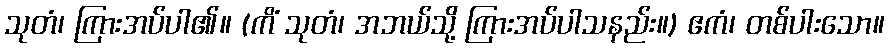
သုတံ၊ ကြားအပ်ပါ၏။ (ကိံ သုတံ၊ အဘယ်သို့ ကြားအပ်ပါသနည်း။) ဧကံ၊ တစ်ပါးသော။